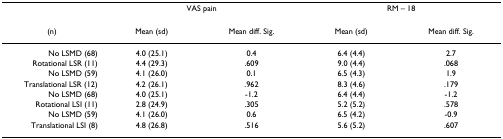
|  | <COLSPAN=2> VAS pain | <COLSPAN=2> RM – 18 |
 | (n) | Mean (sd) | Mean diff. Sig. | Mean (sd) | Mean diff. Sig. |
 | --- | --- | --- | --- | --- |
 | No LSMD (68) | 4.0 (25.1) | 0.4 | 6.4 (4.4) | 2.7 |
 | Rotational LSR (11) | 4.4 (29.3) | .609 | 9.0 (4.4) | .068 |
 | No LSMD (59) | 4.1 (26.0) | 0.1 | 6.5 (4.3) | 1.9 |
 | Translational LSR (12) | 4.2 (26.1) | .962 | 8.3 (4.6) | .179 |
 | No LSMD (68) | 4.0 (25.1) | -1.2 | 6.4 (4.4) | -1.2 |
 | Rotational LSI (11) | 2.8 (24.9) | .305 | 5.2 (5.2) | .578 |
 | No LSMD (59) | 4.1 (26.0) | 0.6 | 6.5 (4.2) | -0.9 |
 | Translational LSI (8) | 4.8 (26.8) | .516 | 5.6 (5.2) | .607 |